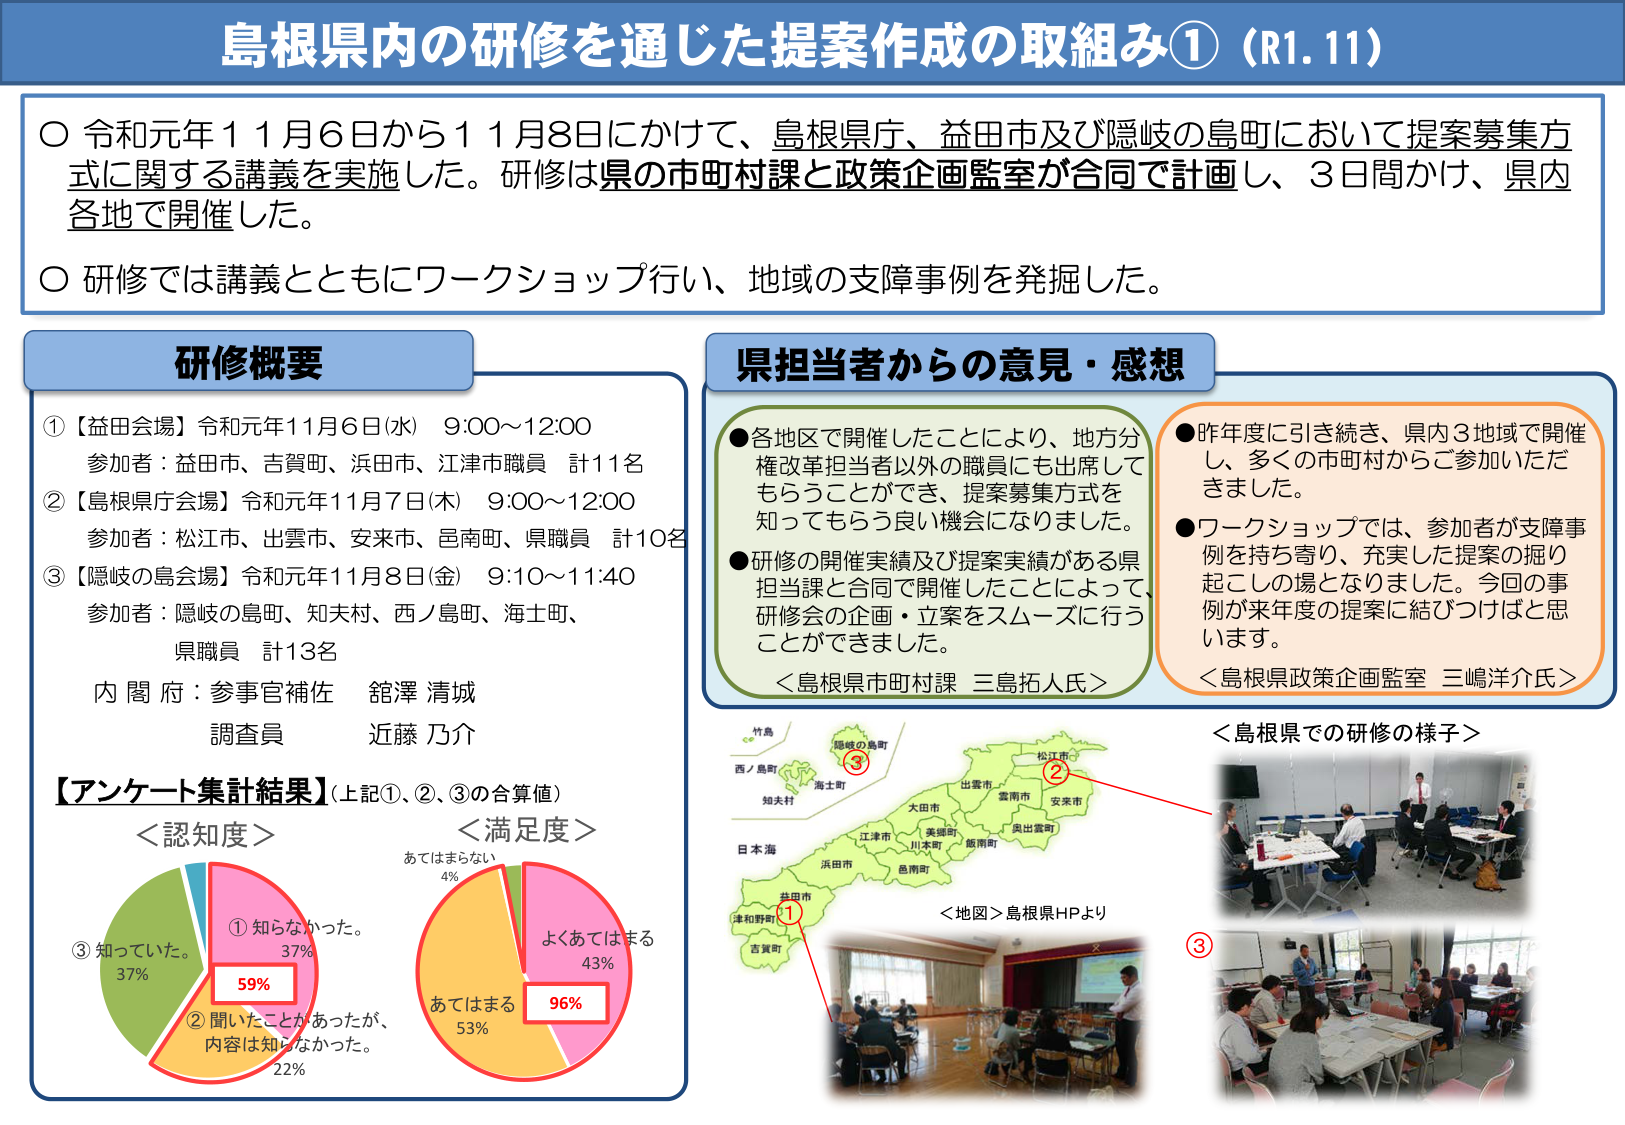
島根県内の研修を通じた提案作成の取組み①（R1.11）

○ 令和元年11月6日から11月8日にかけて、島根県庁、益田市及び隠岐の島町において提案募集方式に関する講義を実施した。研修は県の市町村課と政策企画監室が合同で計画し、3日間かけ、県内各地で開催した。

○ 研修では講義とともにワークショップ行い、地域の支援事例を発掘した。

研修概要

①【益田会場】令和元年11月6日（水） 9:00～12:00
参加者：益田市、吉賀町、浜田市、江津市職員 計11名

②【島根県庁会場】令和元年11月7日（木） 9:00～12:00
参加者：松江市、出雲市、安来市、邑南町、県職員 計10名

③【隠岐の島会場】令和元年11月8日（金） 9:10～11:40
参加者：隠岐の島町、知夫村、西ノ島町、海士町、県職員 計13名

内閣府：事務官補佐 館澤 清城
調査員 近藤 乃介

【アンケート集計結果】（上記①、②、③の合算値）

＜認知度＞
① 知らなかった。 37%
② 聞いたことがあったが、内容は知らなかった。 22%
③ 知っていた。 37%
59%

＜満足度＞
あてはまらない 4%
あてはまる 53%
よくあてはまる 43%
96%

県担当者からの意見・感想

● 各地区で開催したことにより、地方分権改革担当者以外の職員にも出席してもらうことができ、提案募集方式を知ってもらう良い機会になりました。
● 研修の開催実績及び提案実績がある県担当課と合同で開催したことによって、研修会の企画・立案をスムーズに行うことができました。
＜島根県市町村課 三島拓人氏＞

● 昨年度に引き続き、県内3地域で開催し、多くの市町村からご参加いただきました。
● ワークショップでは、参加者が支援事例を持ち寄り、充実した提案の掘り起こしの場となりました。今回の事例が来年度の提案に結びつけばと思います。
＜島根県政策企画監室 三嶋洋介氏＞

＜島根県での研修の様子＞

＜地図＞島根県HPより

①
②
③